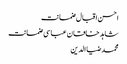
احسن اقبال ضمانت
شاہد خاقان عباسی ضمانت
محمد ضیا الدین